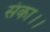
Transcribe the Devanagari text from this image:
संका।।